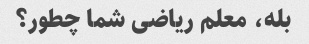
بله، معلم ریاضی شما چطور؟